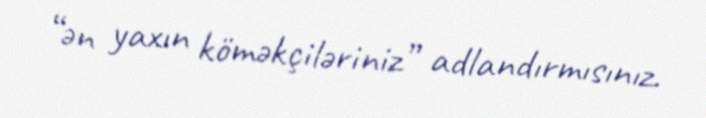
“ən yaxın köməkçiləriniz” adlandırmısınız.